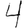
Digit: 4